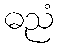
ဓညံ